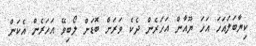
ކިޔާބަލައަހަ އަހަ ޔޫއާން އަހަރެން ދެކެ ވަރަށް ބޮޑަށް ލޯބިވޭ އަހަރެން އެކަން